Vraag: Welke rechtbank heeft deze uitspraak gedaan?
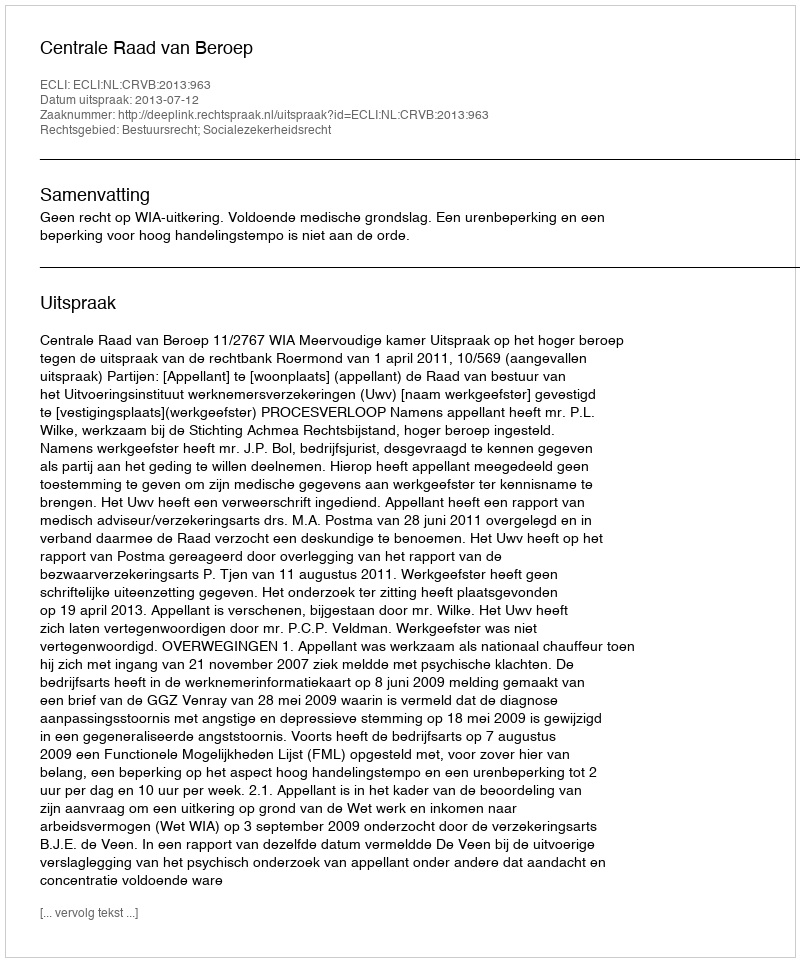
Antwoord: Centrale Raad van Beroep